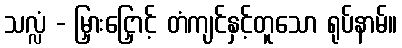
သလ္လံ - မြှားငြှောင့် တံကျင်နှင့်တူသော ရုပ်နာမ်။